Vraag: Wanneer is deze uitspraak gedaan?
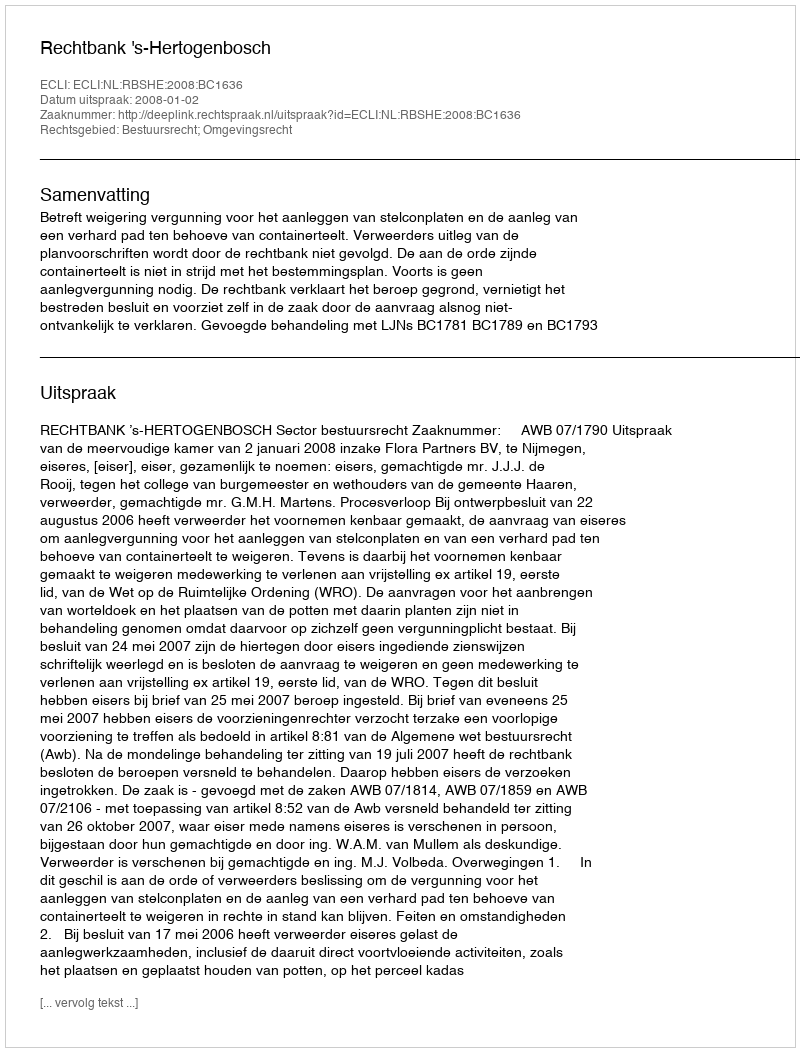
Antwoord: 2008-01-02